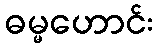
ဓမ္မဟောင်း